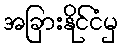
အခြားနိုင်ငံမှ